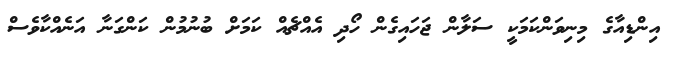
އިންޑިއާގެ މިނިވަންކަމަކީ ސަލާން ޖަހައިގެން ހޯދި އެއްޗެއް ކަމަށް ބުނުމުން ކަންގަނާ އަނެއްކާވެސް